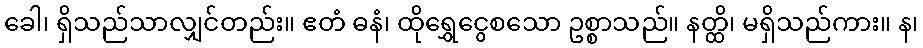
ခေါ၊ ရှိသည်သာလျှင်တည်း။ ဧတံ ဓနံ၊ ထိုရွှေငွေစသော ဥစ္စာသည်။ နတ္ထိ၊ မရှိသည်ကား။ န၊